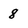
Character: 8